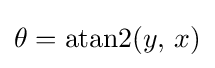
\theta =\operatorname {atan2} (y,\,x)